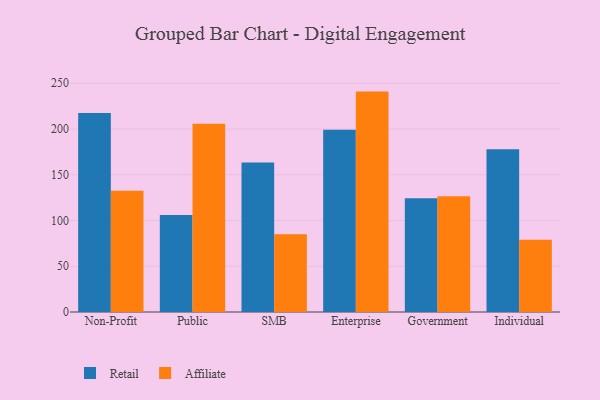
{"axis": {"x": "Segment", "y": "Satisfaction Score"}, "legend": ["Affiliate", "Retail"], "data": [{"x": "Non-Profit", "y": 217.6, "type": "Retail"}, {"x": "Non-Profit", "y": 132.4, "type": "Affiliate"}, {"x": "Public", "y": 106.0, "type": "Retail"}, {"x": "Public", "y": 205.8, "type": "Affiliate"}, {"x": "SMB", "y": 163.3, "type": "Retail"}, {"x": "SMB", "y": 85.1, "type": "Affiliate"}, {"x": "Enterprise", "y": 199.3, "type": "Retail"}, {"x": "Enterprise", "y": 240.9, "type": "Affiliate"}, {"x": "Government", "y": 124.2, "type": "Retail"}, {"x": "Government", "y": 126.4, "type": "Affiliate"}, {"x": "Individual", "y": 178.0, "type": "Retail"}, {"x": "Individual", "y": 78.9, "type": "Affiliate"}]}